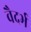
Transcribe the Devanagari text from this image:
वैदर्भ